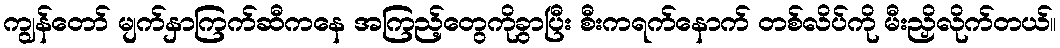
ကျွန်တော် မျက်နှာကြက်ဆီကနေ အကြည့်တွေကိုခွာပြီး စီးကရက်နောက် တစ်လိပ်ကို မီးညှိလိုက်တယ်။